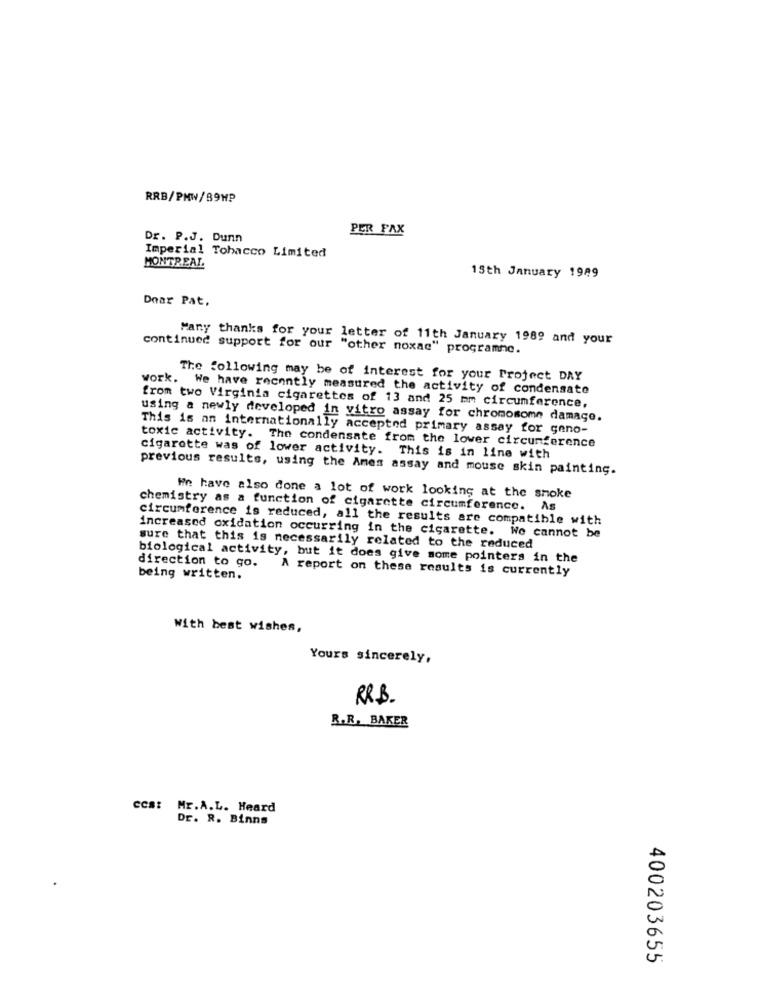
RRB/PHW/89HP
PER FAX
Dr. P.J. Dunn
Imperial Tobacco Limited
MONTREAL
15th January 1989
Doar Pat,
Many thanks for your letter of 11th January 1989 and your
continued support for our "other noxac" programme.
The following may be of interest for your Project DRY
work. We have recently measured the activity of condensate
from two Virginia cigarettes of 13 and 25 mm circumference,
using a newly developed in vitro assay for chromosome damage.
This is an internationally accepted primary assay for geno-
toxic activity. The condensate from the lower circumference
cigarette was of lower activity. This is in line with
previous results, using the Ames assay and mouse skin painting.
We have also done a lot of work looking at the smoke
chemistry as a function of cigarette circumference. As
circumference is reduced, all the results are compatible with
increased oxidation occurring in the cigarette. We cannot be
sure that this is necessarily related to the reduced
biological activity, but it does give some pointers in the
direction to go.
A report on these results is currently
being written.
With best wishes,
Yours sincerely,
RR.B.
R.R. BAKER
ces: Mr.A.L. Heard
Dr. R. Binns
400203655